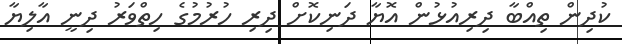
ކުދިން ތިއްބާ ދިރިއުޅުން އޮޔާ ދަނިކޮށް ދިރި ހުރުމުގެ ހިތްވަރު ދިނީ އާލިޔާ